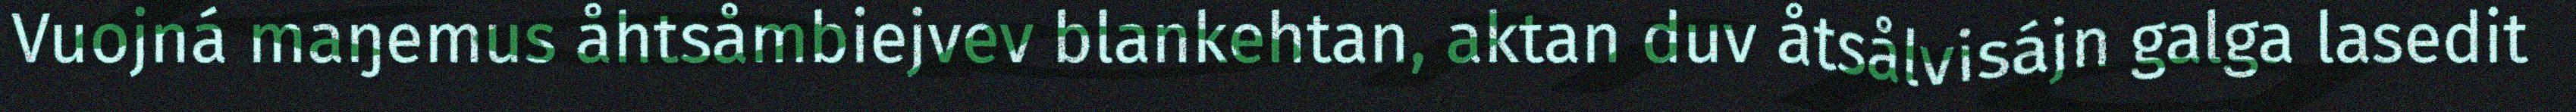
Vuojná maŋemus åhtsåmbiejvev blankehtan, aktan duv åtsålvisájn galga lasedit